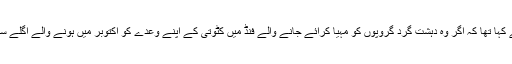
ایف اے ٹی ایف کی صدارت کرنے والے امریکہ نے پاکستان سے کہا تھا کہ اگر وہ دہشت گرد گروپوں کو مہیا کرائے جانے والے فنڈ میں کٹوتی کے اپنے وعدے کو اکتوبر میں ہونے والے اگلے سیشن تک پورا نہیں کرتا ہے تو اس کو بلیک لسٹ کیا جا سکتا ہے۔